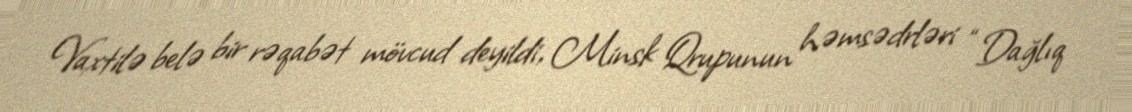
Vaxtilə belə bir rəqabət mövcud deyildi, Minsk Qrupunun həmsədrləri “Dağlıq